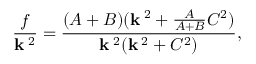
{ \frac { f } { { \bf k } ^ { \; 2 } } } = { \frac { ( A + B ) ( { \bf k } ^ { \; 2 } + { \frac { A } { A + B } } C ^ { 2 } ) } { { \bf k } ^ { \; 2 } ( { \bf k } ^ { \; 2 } + C ^ { 2 } ) } } ,